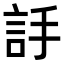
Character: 𧦌